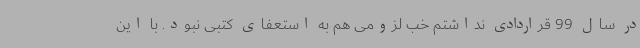
در سال 99 قراردادی نداشتم خب لزومی هم به استعفای کتبی نبود. با این